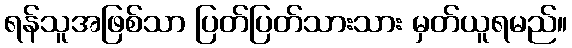
ရန်သူအဖြစ်သာ ပြတ်ပြတ်သားသား မှတ်ယူရမည်။